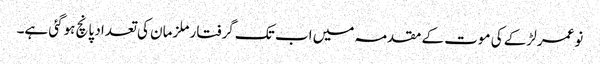
نوعمر لڑکے کی موت کے مقدمہ میں اب تک گرفتار ملزمان کی تعداد پانچ ہوگئی ہے۔